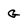
Character: G